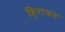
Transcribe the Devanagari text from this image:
हिरावत